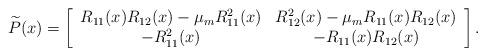
LaTeX: \begin{align*}\widetilde{P}(x)=\left[\begin{array}{cc}R_{11}(x)R_{12}(x)-\mu_m R_{11}^2(x)& R_{12}^2(x)-\mu_m R_{11}(x)R_{12}(x)\\-R_{11}^2(x)&-R_{11}(x)R_{12}(x)\end{array}\right].\end{align*}